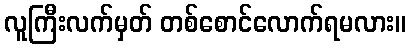
လူကြီးလက်မှတ် တစ်စောင်လောက်ရမလား။